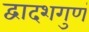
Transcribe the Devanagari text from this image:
द्वादशगुणं